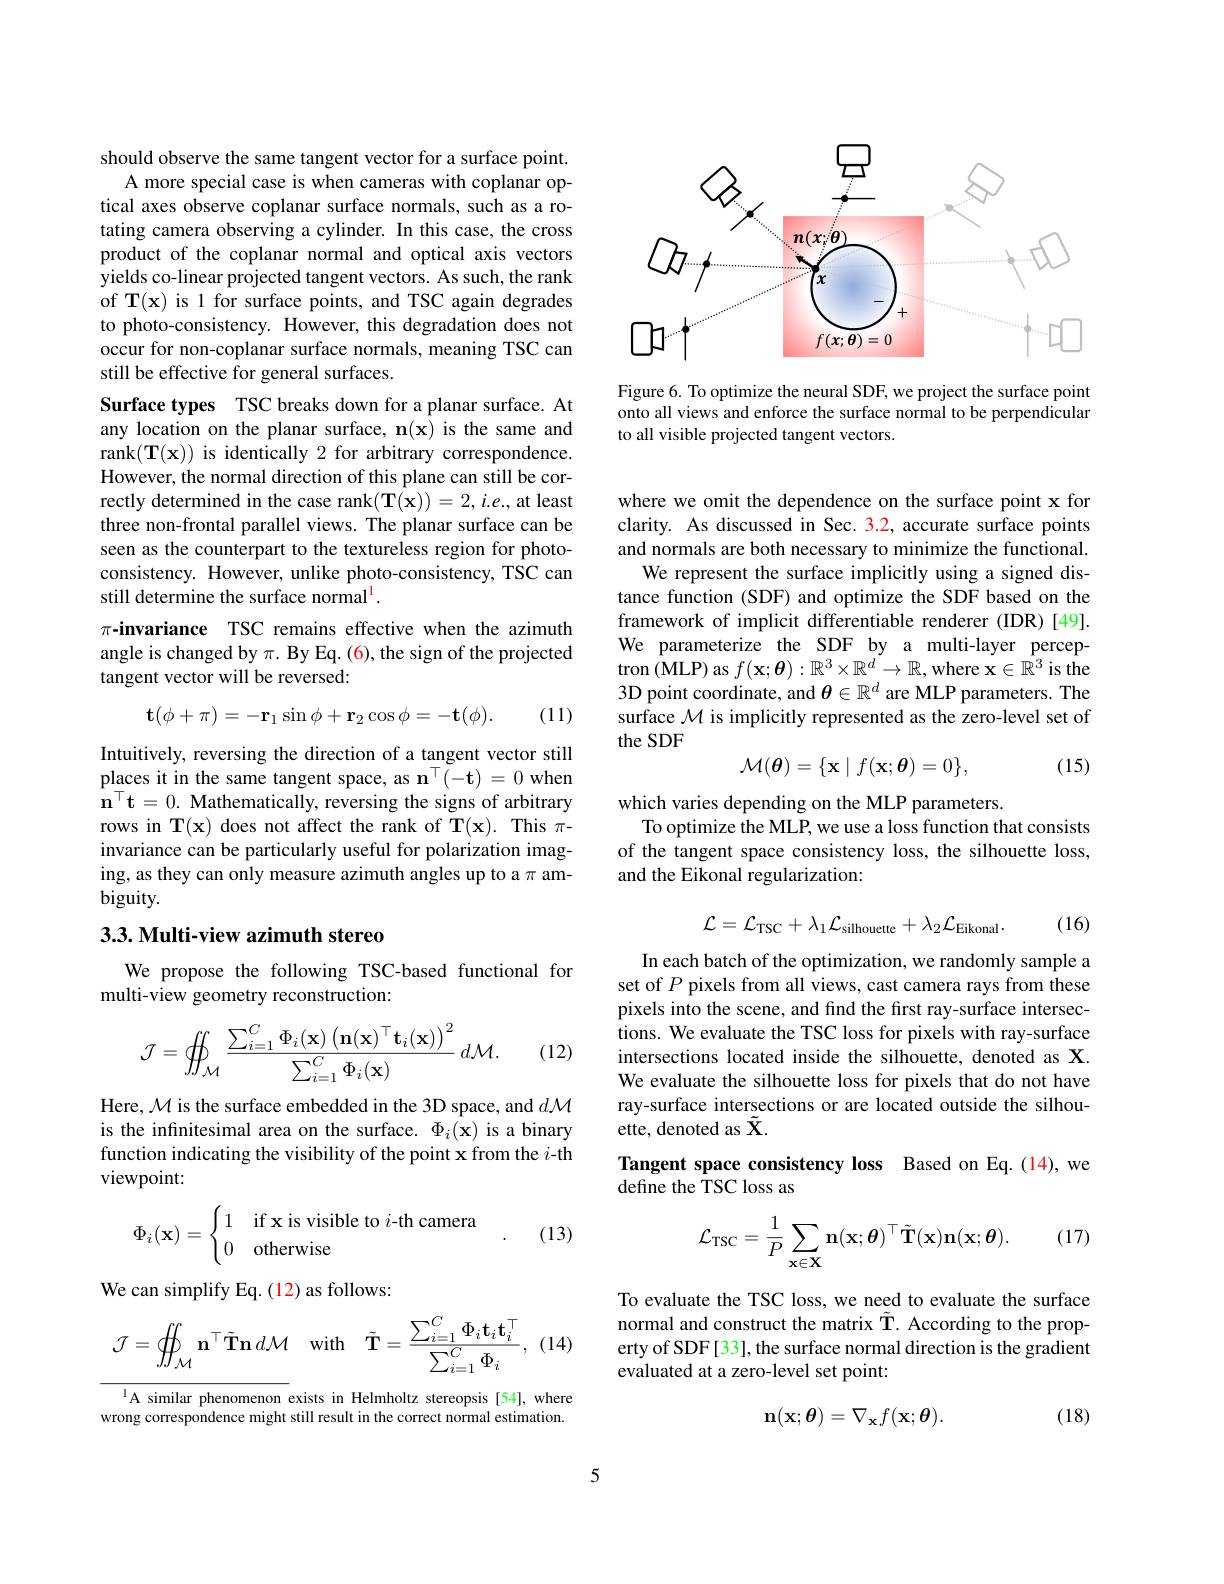
should observe the same tangent vector for a surface point.
A more special case is when cameras with coplanar optical axes observe coplanar surface normals, such as a rotating camera observing a cylinder. In this case, the cross product of the coplanar normal and optical axis vectors yields co-linear projected tangent vectors. As such, the rank of T(x) is 1 for surface points, and TSC again degrades to photo-consistency. However, this degradation does not occur for non-coplanar surface normals, meaning TSC can still be effective for general surfaces.

Surface types TSC breaks down for a planar surface. At any location on the planar surface, $\mathbf{n}(\mathbf{x})$ is the same and rank$(\mathbf{T}(\mathbf{x}))$ is identically 2 for arbitrary correspondence. However, the normal direction of this plane can still be correctly determined in the case rank$(\mathbf{T}(\mathbf{x}))=2,i.e.$, at least three non-frontal parallel views. The planar surface can be seen as the counterpart to the textureless region for photoconsistency. However, unlike photo-consistency, TSC can still determine the surface normal$^1.$
$\pi$-invariance TSC remains effective when the azimuth angle is changed by $\pi.$ By Eq. (6), the sign of the projected tangent vector will be reversed:
$$\mathbf{t}(\phi+\pi)=-\mathbf{r}_1\sin\phi+\mathbf{r}_2\cos\phi=-\mathbf{t}(\phi).$$
(11)

Intuitively, reversing the direction of a tangent vector still places it in the same tangent space, as $\mathbf{n}^\top(-\mathbf{t})=0$ when $\hat{\mathbf{n}}^\top\mathbf{t}=0.$ Mathematically, reversing the signs of arbitrary rows in T$(\mathbf{x})$ does not affect the rank of T$(\mathbf{x}).$ This $\pi$- invariance can be particularly useful for polarization imaging, as they can only measure azimuth angles up to a $\pi$ ambiguity.

## 3.3. Multi-view azimuth stereo

We propose the following TSC-based functional for
multi-view geometry reconstruction:
$$\mathcal{J}=\iint_{\mathcal{M}}\frac{\sum_{i=1}^{C}\Phi_{i}(\mathbf{x})\left(\mathbf{n}(\mathbf{x})^{\top}\mathbf{t}_{i}(\mathbf{x})\right)^{2}}{\sum_{i=1}^{C}\Phi_{i}(\mathbf{x})}\:d\mathcal{M}.$$
(12)

Here, M is the surface embedded in the 3D space, and $d\mathcal{M}$ is the infinitesimal area on the surface. $\Phi_i(\mathbf{x})$ is a binary function indicating the visibility of the point x from the $i$-th viewpoint:

(13)
$$\Phi_i(\mathbf{x})=\begin{cases}1&\text{if x is visible to}i\text{-th camera}\\0&\text{otherwise}\end{cases}.$$
We can simplify Eq. (12) as follows:

(14)
$$\mathcal{J}=\iint_{\mathcal{M}}\mathbf{n}^{\top}\tilde{\mathbf{T}}\mathbf{n}\:d\mathcal{M}\quad\mathrm{with}\quad\tilde{\mathbf{T}}=\frac{\sum_{i=1}^{C}\Phi_{i}\mathbf{t}_{i}\mathbf{t}_{i}^{\top}}{\sum_{i=1}^{C}\Phi_{i}},$$
A similar phenomenon exists in Helmholtz stereopsis [54], where

wrong correspondence might still result in the correct normal estimation.

<FigureHere>

Figure 6. To optimize the neural SDF, we project the surface point onto all views and enforce the surface normal to be perpendicular to all visible projected tangent vectors.

where we omit the dependence on the surface point x for clarity. As discussed in Sec. 3.2, accurate surface points and normals are both necessary to minimize the functional.
We represent the surface implicitly using a signed distance function (SDF) and optimize the SDF based on the framework of implicit differentiable renderer (IDR)[49]. We parameterize the SDF by a multi-layer perceptron (MLP) as $f(\mathbf{x};\boldsymbol{\theta}):\mathbb{R}^3\times\mathbb{R}^d\to\mathbb{R}$, where $\mathbf{x}\in\mathbb{R}^3$ is the 3D point coordinate, and $\theta\in\mathbb{R}^d$ are MLP parameters. The surface $\mathcal{M}$ is implicitly represented as the zero-level set of the SDF
$$\mathcal{M}(\boldsymbol\theta)=\{\mathbf{x}\mid f(\mathbf{x};\boldsymbol\theta)=0\},$$
(15)

which varies depending on the MLP parameters.
To optimize the MLP, we use a loss function that consists of the tangent space consistency loss, the silhouette loss, and the Eikonal regularization:
$$\mathcal{L}=\mathcal{L}_{\mathrm{TSC}}+\lambda_{1}\mathcal{L}_{\mathrm{silhouette}}+\lambda_{2}\mathcal{L}_{\mathrm{Eikonal}}.$$
(16)

In each batch of the optimization, we randomly sample a set of $P$ pixels from all views, cast camera rays from these pixels into the scene, and find the first ray-surface intersections. We evaluate the TSC loss for pixels with ray-surface intersections located inside the silhouette, denoted as X. We evaluate the silhouette loss for pixels that do not have ray-surface intersections or are located outside the silhouette, denoted as $\tilde{\mathbf{X}}.$

Tangent space consistency loss Based on Eq.(14), we
$\bar{\text{define the TSC loss as}}$

(17)
$$\mathcal{L}_{\mathrm{TSC}}=\frac{1}{P}\sum_{\mathbf{x}\in\mathbf{X}}\mathbf{n}(\mathbf{x};\boldsymbol{\theta})^{\top}\tilde{\mathbf{T}}(\mathbf{x})\mathbf{n}(\mathbf{x};\boldsymbol{\theta}).$$
To evaluate the TSC loss, we need to evaluate the surface normal and construct the matrix $\tilde{\mathrm{T.~According~to~the~prop-}}$ erty of SDF [33], the surface normal direction is the gradient evaluated at a zero-level set point:
$$\mathbf{n}(\mathbf{x};\boldsymbol{\theta})=\nabla_\mathbf{x}f(\mathbf{x};\boldsymbol{\theta}).$$
(18)

5